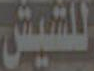
للشيش